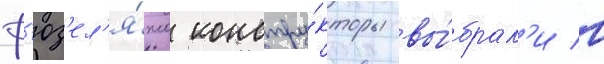
ф'юз'ел'я́жа констру́кторы вы́брал'и в